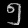
Digit: ၅